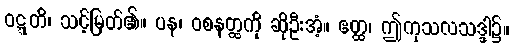
ဝဋ္ဋတိ၊ သင့်မြတ်၏။ ပန၊ ဝစနတ္ထကို ဆိုဦးအံ့။ ဧတ္ထ၊ ဤကုသလသဒ္ဒါ၌။